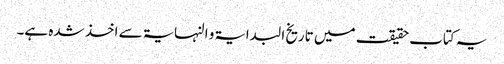
یہ کتاب حقیقت میں تاریخ البدایۃ و النہایۃ سے اخذ شدہ ہے۔